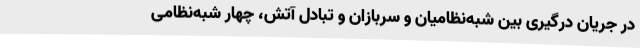
در جریان درگیری بین شبه‌نظامیان و سربازان و تبادل آتش، چهار شبه‌نظامی